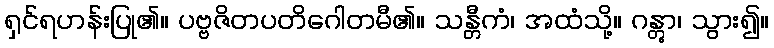
ရှင်ရဟန်းပြု၏။ ပဗ္ဗဇိတပတိဂေါတမီ၏။ သန္တီကံ၊ အထံသို့။ ဂန္တွာ၊ သွား၍။